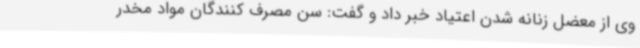
وی از معضل زنانه شدن اعتیاد خبر داد و گفت: سن مصرف کنندگان مواد مخدر